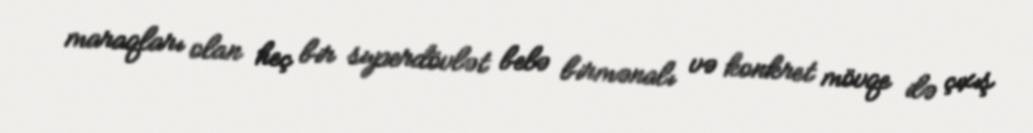
maraqları olan heç bir superdövlət belə birmənalı və konkret mövqe ilə çıxış